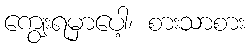
ကျွေးရမှာပေါ့၊ စားသာစား